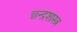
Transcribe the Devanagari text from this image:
छ्न्द्रशास्त्र